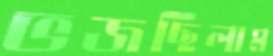
ভজছিলাম